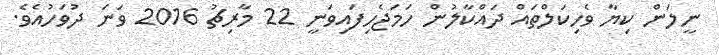
ނީލަން ކިޔާ ވެހިކަލްތައް ދައްކާލުން ހަމަޖެހިފައިވަނީ 22 މާރިޗު 2016 ވަނަ ދުވަހުއެވެ.